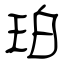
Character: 珀